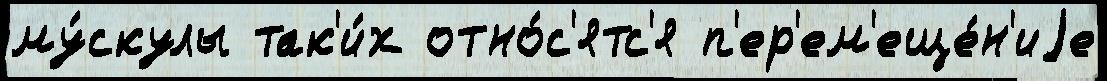
му́скулы так'и́х отно́с'ятс'я п'ер'ем'еще́н'иjе